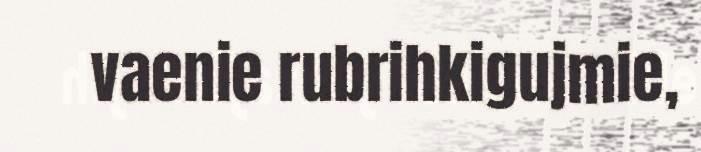
vaenie rubrihkigujmie,